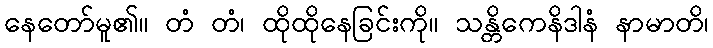
နေတော်မူ၏။ တံ တံ၊ ထိုထိုနေခြင်းကို။ သန္တိကေနိဒါနံ နာမာတိ၊